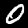
Digit: 0